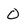
Character: 0